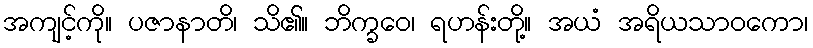
အကျင့်ကို။ ပဇာနာတိ၊ သိ၏။ ဘိက္ခဝေ၊ ရဟန်းတို့။ အယံ အရိယသာဝကော၊